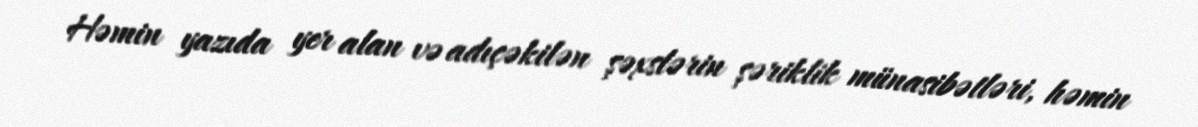
Həmin yazıda yer alan və adıçəkilən şəxslərin şəriklik münasibətləri, həmin